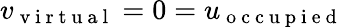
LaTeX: v_{\mathrm{~v~i~r~t~u~a~l~}}=0=u_{\mathrm{~o~c~c~u~p~i~e~d~}}